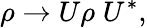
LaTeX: \rho\rightarrow U\rho\; U^{*},